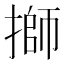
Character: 𢲐